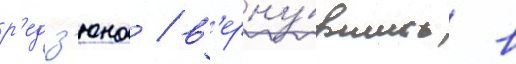
р'едз'юна / в'ерну́вшись в